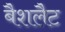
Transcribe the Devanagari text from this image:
बैशलैट